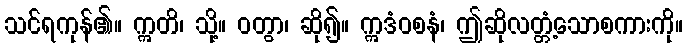
သင်ရကုန်၏။ ဣတိ၊ သို့။ ဝတွာ၊ ဆို၍။ ဣဒံဝစနံ၊ ဤဆိုလတ္တံ့သောစကားကို။